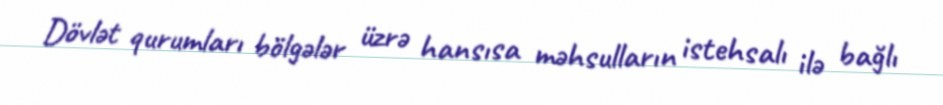
Dövlət qurumları bölgələr üzrə hansısa məhsulların istehsalı ilə bağlı